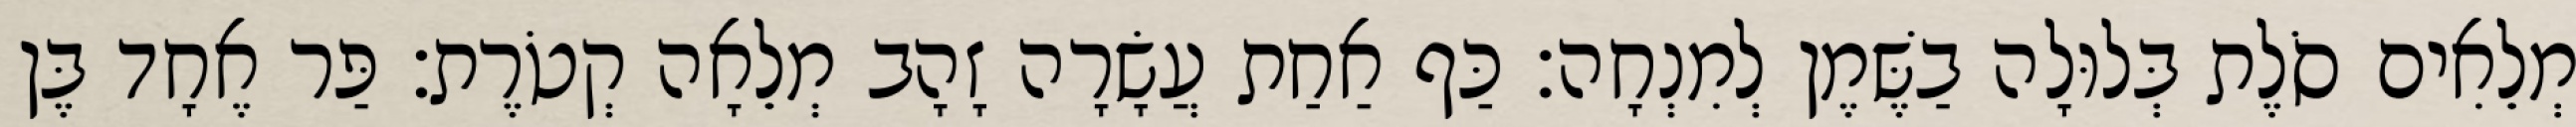
מְלֵאִים סֹלֶת בְּלוּלָה בַשֶּׁמֶן לְמִנְחָה׃ כַּף אַחַת עֲשָׂרָה זָהָב מְלֵאָה קְטֹרֶת׃ פַּר אֶחָד בֶּן